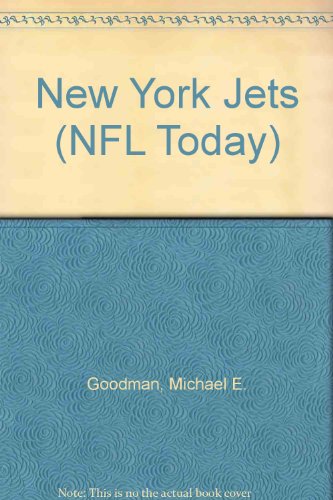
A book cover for New York Jets (NFL Today); Michael E. Goodman; Teen & Young Adult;